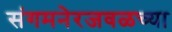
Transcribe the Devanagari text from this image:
संगमनेरजवळच्या